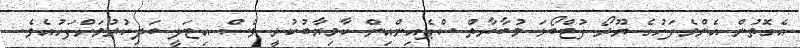
އެގޮތުން އެންމެފަހުގެ ޔޫރޯ ފުޓްބޯޅަ މުބާރާތް ސްޕެއިންއިން ކާމިޔާބުކުރީ ވެސް އިޓަލީ ބަލިކުރުމަށްފަހުއެވެ.